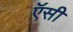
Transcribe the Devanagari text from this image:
ऍसी